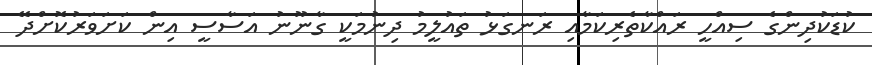
ކުޑަކުދިންގެ ސިއްހީ ރައްކާތެރިކަމާއި ރަނގަޅު ތައުލީމު ދިނުމަކީ ގާނޫނު އަސާސީ އިން ކަށަވަރުކޮށްދޭ